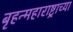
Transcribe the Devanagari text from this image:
बृहन्महाराष्ट्राच्या